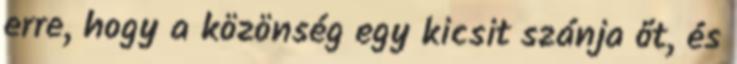
erre, hogy a közönség egy kicsit szánja őt, és